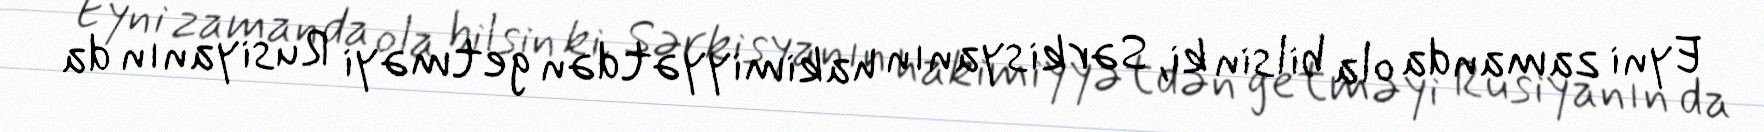
Eyni zamanda ola bilsin ki, Sərkisyanın hakimiyyətdən getməyi Rusiyanın da